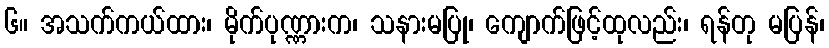
၆။ အသက်ကယ်ထား၊ မိုက်ပုဏ္ဏားက၊ သနားမပြု၊ ကျောက်ဖြင့်ထုလည်း၊ ရန်တု မပြန်၊